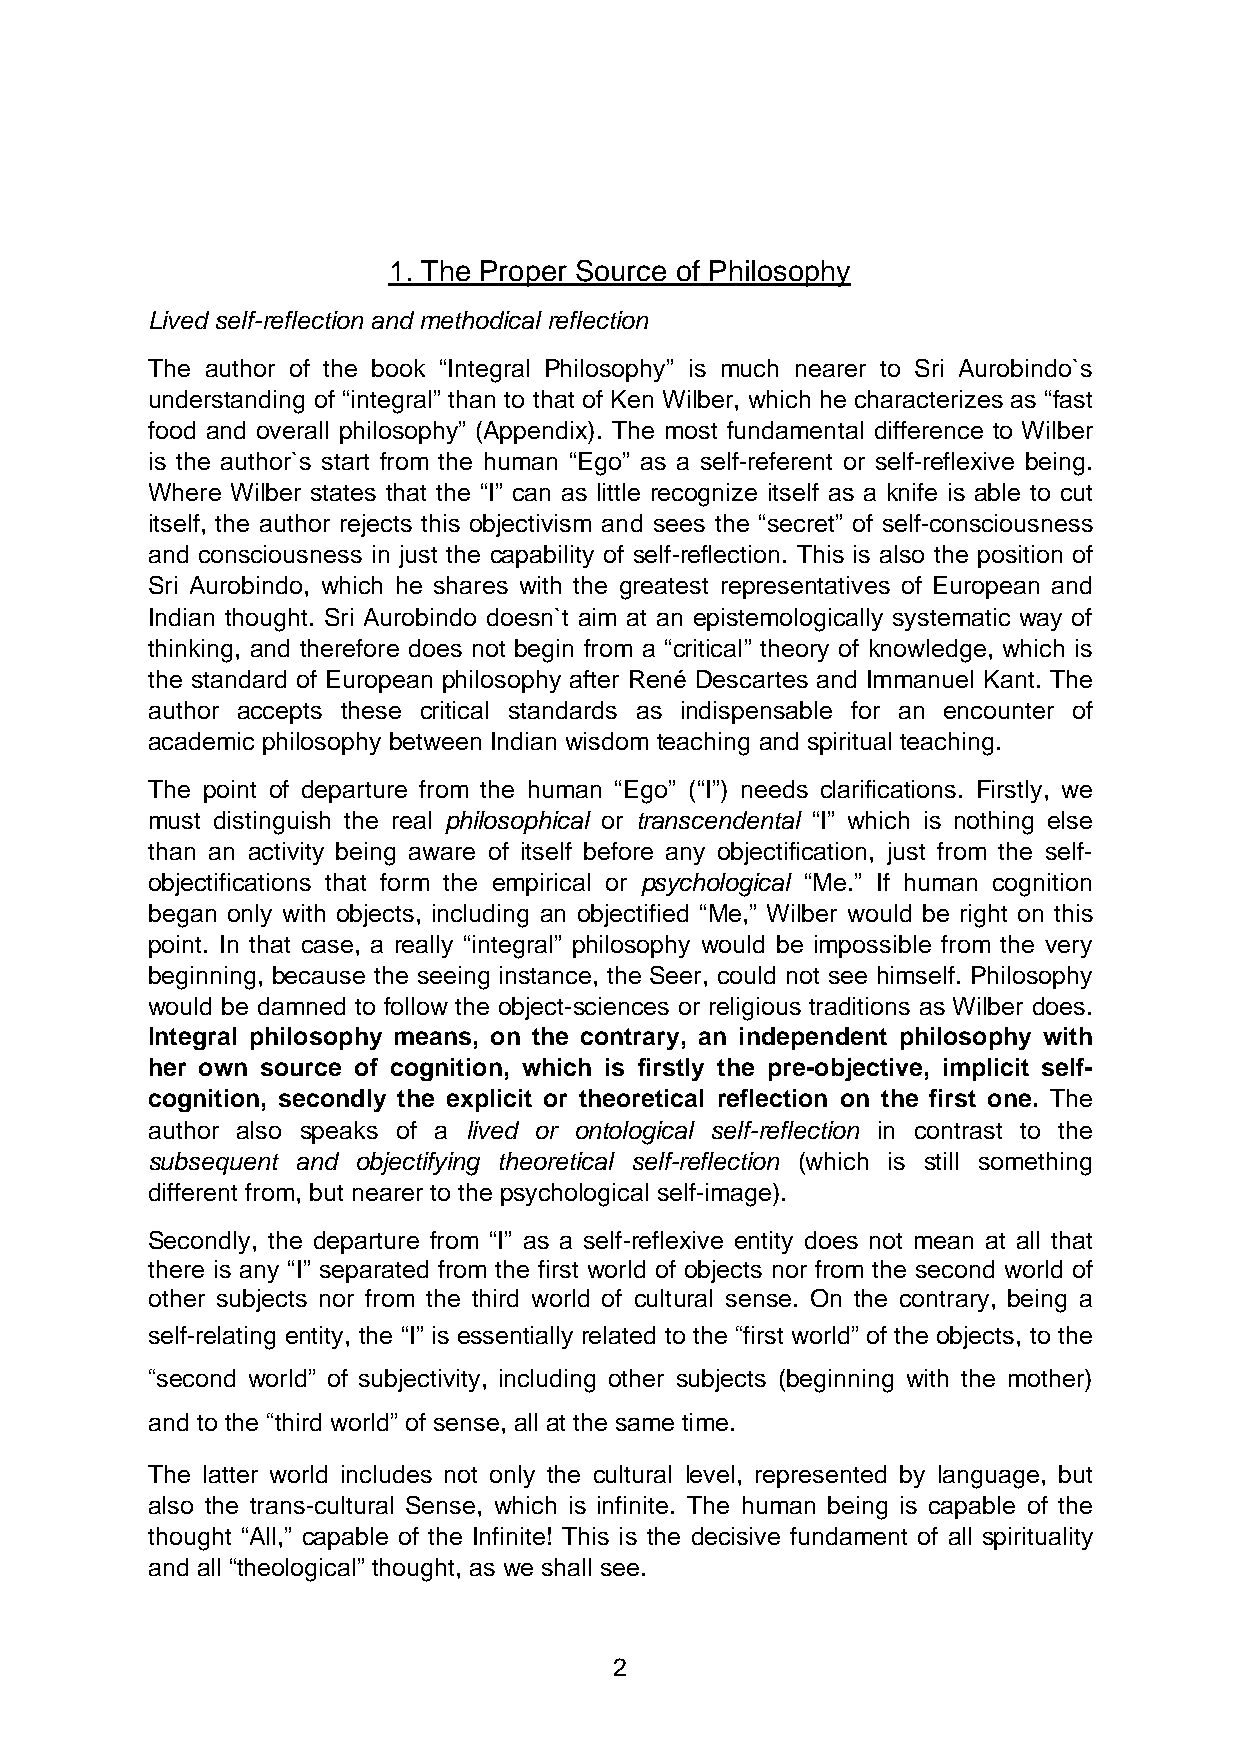
1. The Proper Source of Philosophy
 Lived self-reflection and methodical reflection
 The author of the book “Integral Philosophy” is much nearer to Sri Aurobindo`s
 understanding of “integral” than to that of Ken Wilber, which he characterizes as “fast
 food and overall philosophy” (Appendix). The most fundamental difference to Wilber
 is the author`s start from the human “Ego” as a self-referent or self-reflexive being.
 Where Wilber states that the “I” can as little recognize itself as a knife is able to cut
 itself, the author rejects this objectivism and sees the “secret” of self-consciousness
 and consciousness in just the capability of self-reflection. This is also the position of
 Sri Aurobindo, which he shares with the greatest representatives of European and
 Indian thought. Sri Aurobindo doesn`t aim at an epistemologically systematic way of
 thinking, and therefore does not begin from a “critical” theory of knowledge, which is
 the standard of European philosophy after René Descartes and Immanuel Kant. The
 author accepts these critical standards as indispensable for an encounter of
 academic philosophy between Indian wisdom teaching and spiritual teaching.
 The point of departure from the human “Ego” (“I”) needs clarifications. Firstly, we
 must distinguish the real philosophical or transcendental “I” which is nothing else
 than an activity being aware of itself before any objectification, just from the self-
 objectifications that form the empirical or psychological “Me.” If human cognition
 began only with objects, including an objectified “Me,” Wilber would be right on this
 point. In that case, a really “integral” philosophy would be impossible from the very
 beginning, because the seeing instance, the Seer, could not see himself. Philosophy
 would be damned to follow the object-sciences or religious traditions as Wilber does.
 Integral philosophy means, on the contrary, an independent philosophy with
 her own source of cognition, which is firstly the pre-objective, implicit self-
 cognition, secondly the explicit or theoretical reflection on the first one. The
 author also speaks of a lived or ontological self-reflection in contrast to the
 subsequent and objectifying theoretical self-reflection (which is still something
 different from, but nearer to the psychological self-image).
 Secondly, the departure from “I” as a self-reflexive entity does not mean at all that
 there is any “I” separated from the first world of objects nor from the second world of
 other subjects nor from the third world of cultural sense. On the contrary, being a
 self-relating entity, the “I” is essentially related to the “first world” of the objects, to the
 “second world” of subjectivity, including other subjects (beginning with the mother)
 and to the “third world” of sense, all at the same time.
 The latter world includes not only the cultural level, represented by language, but
 also the trans-cultural Sense, which is infinite. The human being is capable of the
 thought “All,” capable of the Infinite! This is the decisive fundament of all spirituality
 and all “theological” thought, as we shall see.
 2